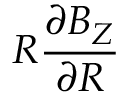
R \frac { \partial B _ { Z } } { \partial R }